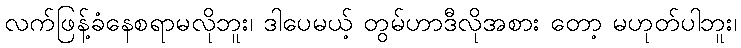
လက်ဖြန့်ခံနေစရာမလိုဘူး၊ ဒါပေမယ့် တွမ်ဟာဒီလိုအစား တော့ မဟုတ်ပါဘူး၊